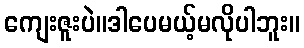
ကျေးဇူးပဲ။ဒါပေမယ့်မလိုပါဘူး။